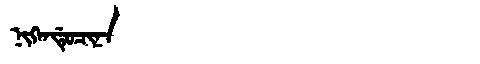
Manchu: ᠨᡳᡴᡝᠨᡩᡠᠴᡳᠨᠠ
Romanization: NIKENDUCINA